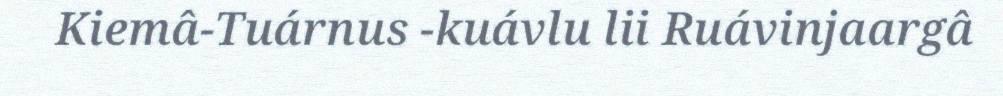
Kiemâ-Tuárnus -kuávlu lii Ruávinjaargâ